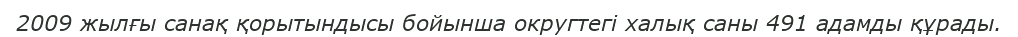
2009 жылғы санақ қорытындысы бойынша округтегі халық саны 491 адамды құрады.